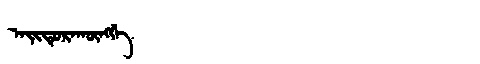
Manchu: ᠠᡳᡨᡠᡵᠠᡴᡡᠩᡤᡝ
Romanization: AITURAKŪNGGE